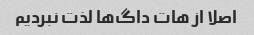
اصلا از هات داگ‌ها لذت نبردیم